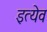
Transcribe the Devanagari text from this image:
इत्येव